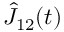
\hat { J } _ { 1 2 } ( t )